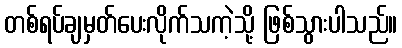
တစ်ရပ်ချမှတ်ပေးလိုက်သကဲ့သို့ ဖြစ်သွားပါသည်။